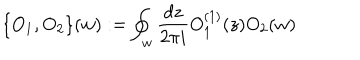
LaTeX: \{ O _ { 1 } , O _ { 2 } \} ( w ) : = \oint _ { w } \frac { d z } { 2 \pi i } O _ { 1 } ^ { ( 1 ) } ( z ) O _ { 2 } ( w )